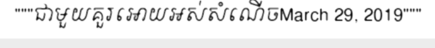
"""ជាមួយគួរអោយអស់សំណើចMarch 29, 2019"""